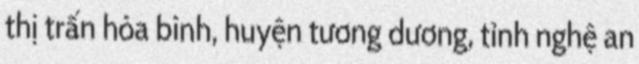
thị trấn hòa bình, huyện tương dương, tỉnh nghệ an